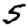
Digit: 5